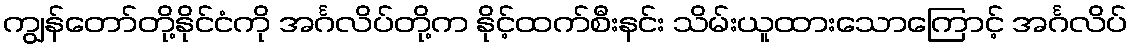
ကျွန်တော်တို့နိုင်ငံကို အင်္ဂလိပ်တို့က နိုင့်ထက်စီးနင်း သိမ်းယူထားသောကြောင့် အင်္ဂလိပ်